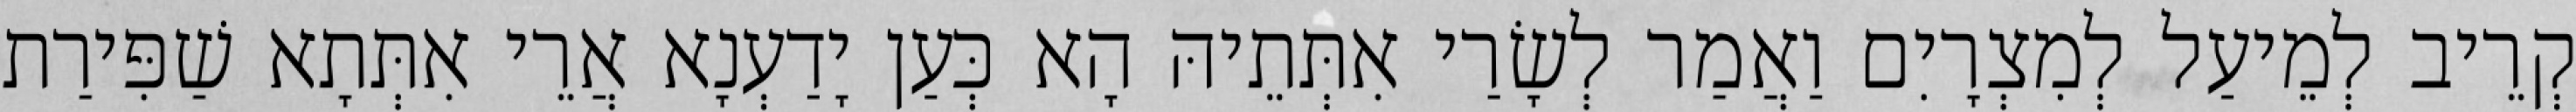
קְרֵיב לְמֵיעַל לְמִצְרָיִם וַאֲמַר לְשָׂרַי אִתְּתֵיהּ הָא כְּעַן יָדַעְנָא אֲרֵי אִתְּתָא שַׁפִּירַת